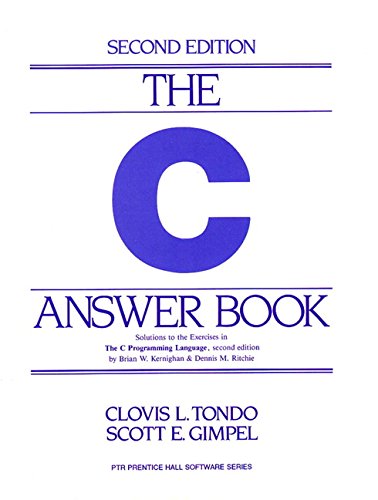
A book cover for The C Answer Book: Solutions to the Exercises in 'The C Programming Language,' Second Edition; Clovis L. Tondo; Computers & Technology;